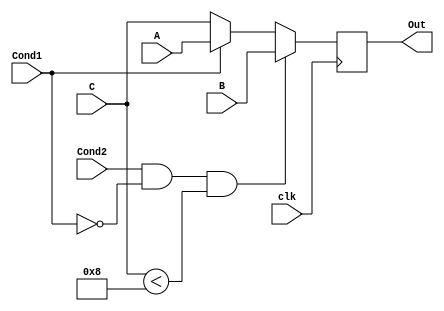
module randomlogic_2(
output	reg	[7:0]	Out,
input		[7:0]	A, B, C,
input				clk,
input				Cond1, Cond2
);

wire	CondB = (Cond2 & !Cond1);

always @(posedge clk)
	if (CondB && (C < 8))
		Out <= B;
	else if (Cond1)
		Out <= A;
	else
		Out <= C;
endmodule